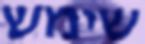
שימש